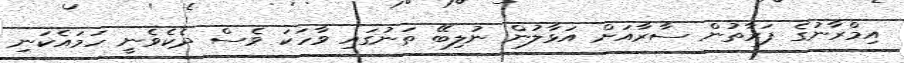
އިމްރާނުގެ ފަރާތުން ސާރާއަށް އަޅާލުން ނުލިބޭ ތަނުގައި ވާހަކަ ވެސް ދެކެވެނީ ހަމައެކަނި